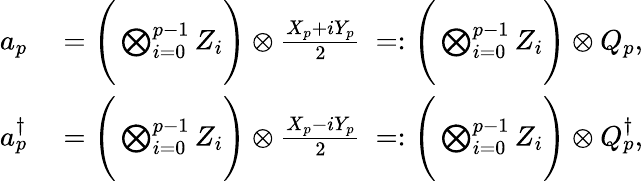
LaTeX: \begin{array}{rl}{a_{p}}&{{}=\Bigg(\bigotimes_{i=0}^{p-1}Z_{i}\Bigg)\otimes\frac{X_{p}+iY_{p}}{2}~=:\Bigg(\bigotimes_{i=0}^{p-1}Z_{i}\Bigg)\otimes Q_{p},}\\ {a_{p}^{\dagger}{}}&{{}=\Bigg(\bigotimes_{i=0}^{p-1}Z_{i}\Bigg)\otimes\frac{X_{p}-iY_{p}}{2}~=:\Bigg(\bigotimes_{i=0}^{p-1}Z_{i}\Bigg)\otimes Q_{p}^{\dagger}{},}\end{array}